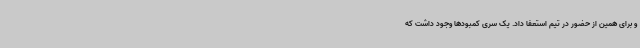
و برای همین از حضور در تیم استعفا داد. یک سری کمبودها وجود داشت که